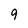
Character: 9